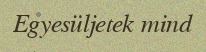
Egyesüljetek mind